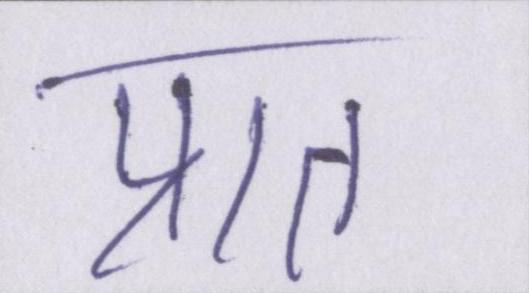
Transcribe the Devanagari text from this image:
प्रात